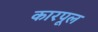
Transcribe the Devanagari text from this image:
कारपूल